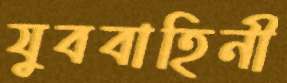
যুববাহিনী